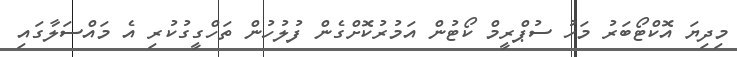
މިދިޔަ އޮކްޓޯބަރު މަހު ސުޕްރީމް ކޯޓުން އަމުރުކޮށްގެން ފުލުހުން ތަހްގީގުކުރި އެ މައްސަލާގައި